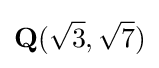
\mathbf {Q} ({\sqrt {3}},{\sqrt {7}})